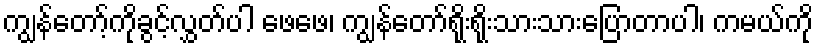
ကျွန်တော့်ကိုခွင့်လွှတ်ပါ ဖေဖေ၊ ကျွန်တော်ရိုးရိုးသားသားပြောတာပါ၊ ကမယ်ကို